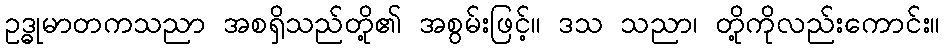
ဥဒ္ဓုမာတကသညာ အစရှိသည်တို့၏ အစွမ်းဖြင့်။ ဒသ သညာ၊ တို့ကိုလည်းကောင်း။